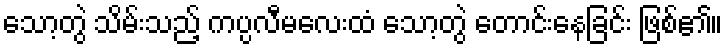
သော့တွဲ သိမ်းသည့် ကပ္ပလီမလေးထံ သော့တွဲ တောင်းနေခြင်း ဖြစ်၏။